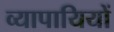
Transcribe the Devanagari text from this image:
व्यापायियों